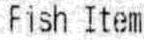
FISH ITEM